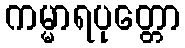
ကမ္မာရပုတ္တော